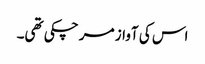
اس کی آواز مر چکی تھی۔